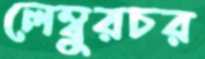
লেম্বুরচর